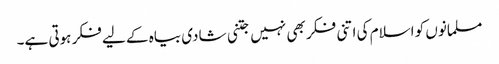
مسلمانوں کو اسلام کی اتنی فکر بھی نہیں جتنی شادی بیاہ کے لیے فکر ہوتی ہے۔